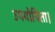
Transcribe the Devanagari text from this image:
उपयोगिता।